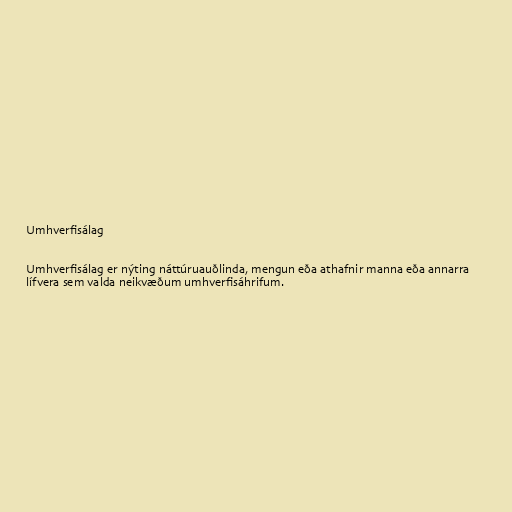
Umhverfisálag

Umhverfisálag er nýting náttúruauðlinda, mengun eða athafnir manna eða annarra
lífvera sem valda neikvæðum umhverfisáhrifum.